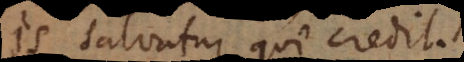
is salvatur, qui credit.